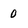
Character: 0